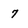
Character: 7